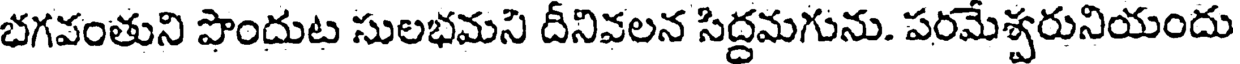
భగవంతుని పొందుట సులభమని దీనివలన సిద్దమగును. పరమేశ్వరునియందు